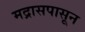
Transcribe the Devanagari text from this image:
मद्रासपासून